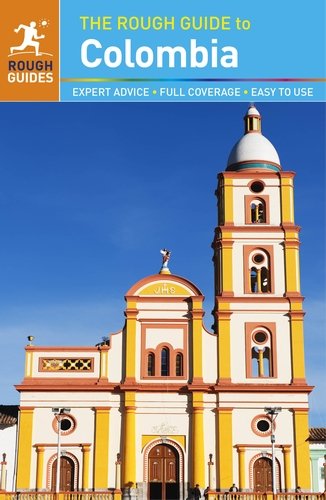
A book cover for The Rough Guide to Colombia; Stephen Keeling; Travel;